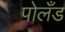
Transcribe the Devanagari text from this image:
पोलँड